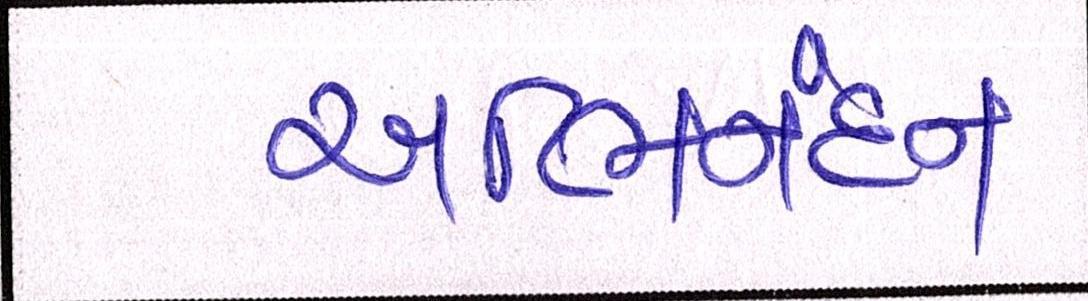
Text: અભિનંદન